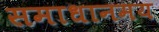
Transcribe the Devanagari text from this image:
समाधानमय